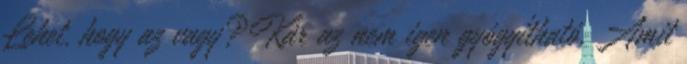
Lehet, hogy az vagy?Kár az nem igen gyógyítható. Amit